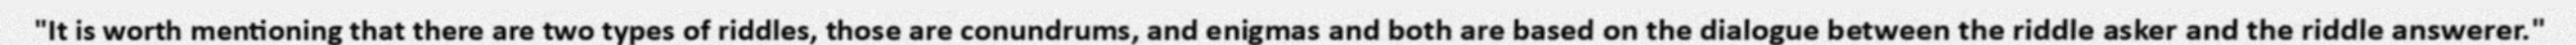
"It is worth mentioning that there are two types of riddles, those are conundrums, and enigmas and both are based on the dialogue between the riddle asker and the riddle answerer."